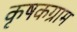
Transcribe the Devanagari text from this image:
कृषकग्राम